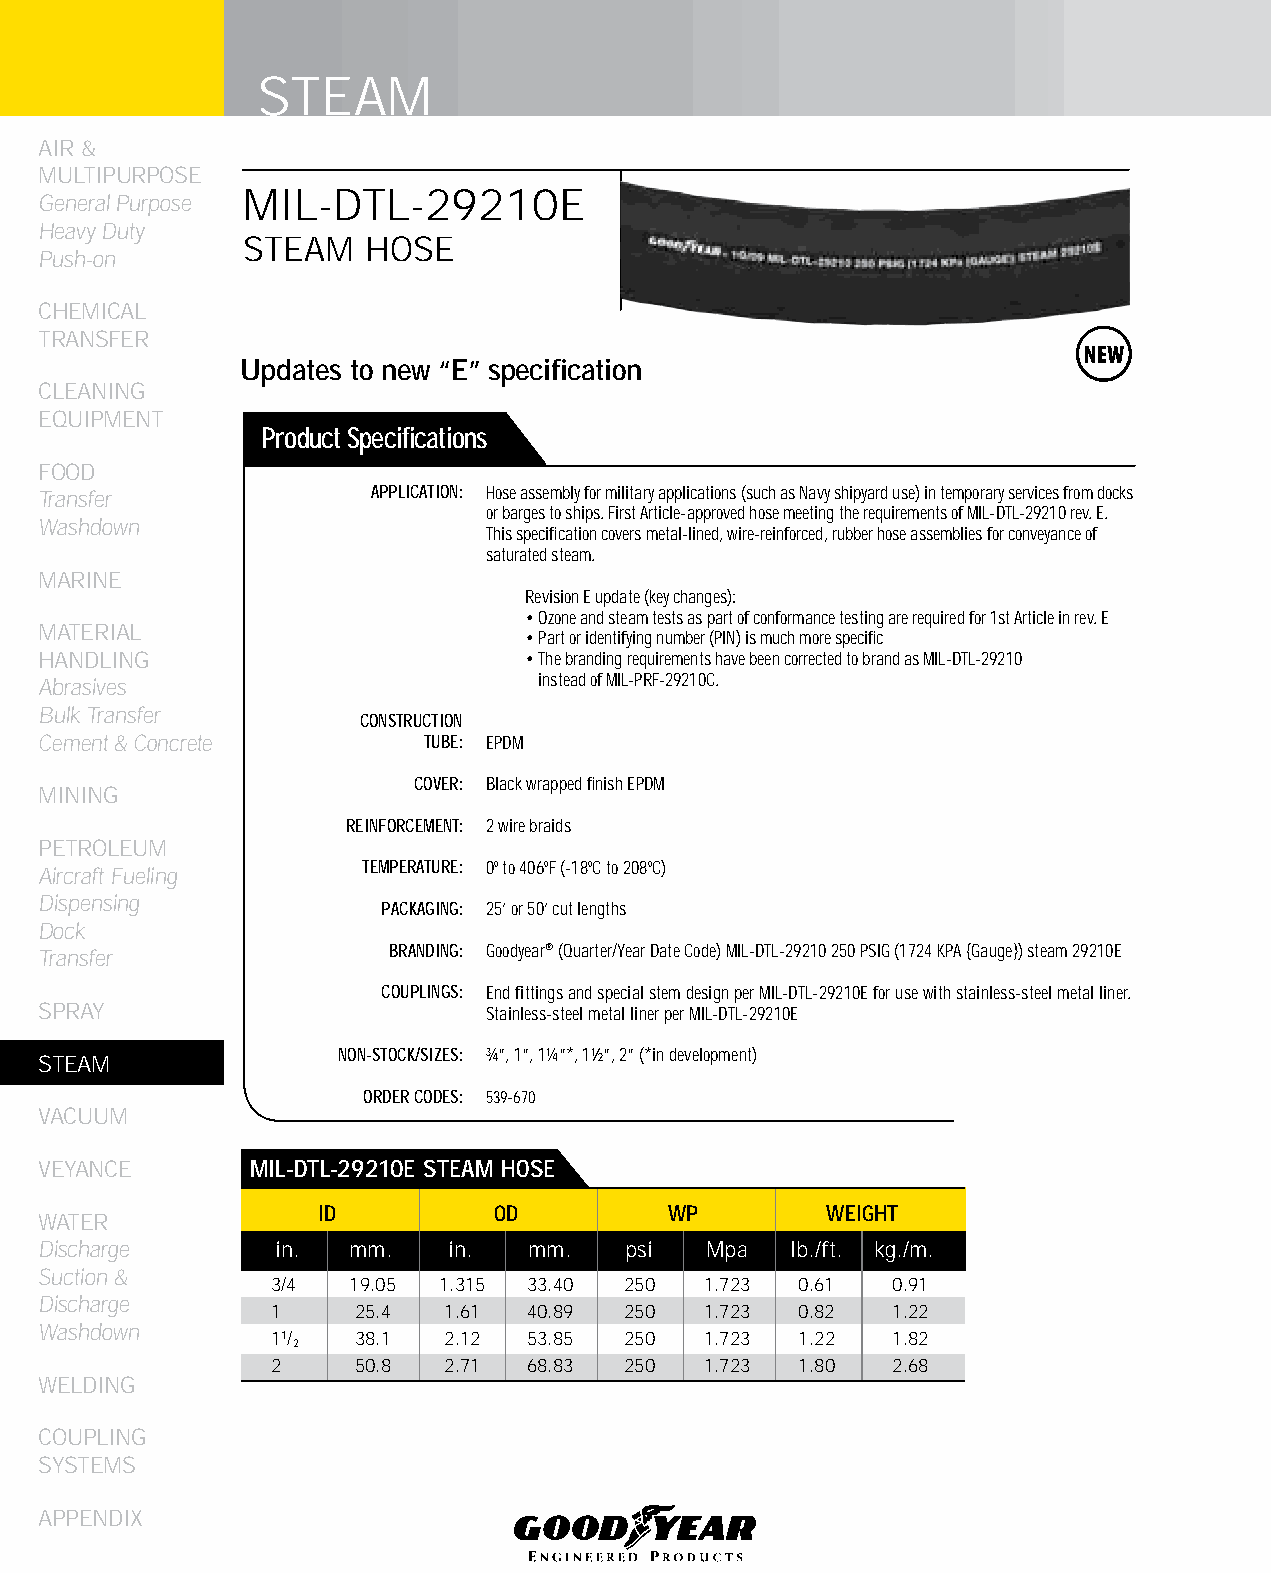
STEAM
 AIR &
 MULTIPURPOSE
 MIL-DTL-29210E
 General Purpose
 Heavy Duty
 STEAM   HOSE
 Push-on
 CHEMICAL
 TRANSFER
 Updates to new “E” specification
 CLEANING
 EqUIPMENT
 Product Specifications
 FOOD
 Transfer              APPLICATION: Hose assembly for military applications (such as Navy shipyard use) in temporary services from docks
 or barges to ships. First Article-approved hose meeting the requirements of MIL-DTL-29210 rev. E.
 Washdown
 This specification covers metal-lined, wire-reinforced, rubber hose assemblies for conveyance of
 saturated steam.
 MARINE
 Revision E update (key changes):
 • Ozone and steam tests as part of conformance testing are required for 1st Article in rev. E
 MATERIAL
 • Part or identifying number (PIN) is much more specific
 HANDLING                        • The branding requirements have been corrected to brand as MIL-DTL-29210
 Abrasives                        instead of MIL-PRF-29210C.
 Bulk Transfer
 CONSTRUCTION
 Cement & Concrete        TUBE: EPDM
 COVER: Black wrapped finish EPDM
 MINING
 REINFORCEMENT: 2 wire braids
 PETROLEUM
 TEMPERATURE: 0º to 406ºF (-18ºC to 208ºC)
 Aircraft Fueling
 Dispensing
 PACKAGING: 25’ or 50’ cut lengths
 Dock
 Transfer               BRANDING: Goodyear® (Quarter/Year Date Code) MIL-DTL-29210 250 PSIG (1724 KPA {Gauge}) steam 29210E
 COUPLINGS: End fittings and special stem design per MIL-DTL-29210E for use with stainless-steel metal liner.
 SPRAY                        Stainless-steel metal liner per MIL-DTL-29210E
 NON-STOCK/SIZES: ¾”, 1”, 1¼”*, 1½”, 2” (*in development)
 STEAM
 ORDER CODES: 539-670
 VACUUM
 VEYANCE       MIL-DTL-29210E STEAM HOSE
 ID          OD         WP         WEIGHT
 WATER
 Discharge      in.  mm.    in.  mm.   psi   Mpa  lb./ft. kg./m.
 Suction &
 3/4  19.05 1.315 33.40 250   1.723 0.61  0.91
 Discharge
 1     25.4 1.61  40.89 250   1.723 0.82  1.22
 Washdown
 11/   38.1 2.12  53.85 250   1.723 1.22  1.82
 2
 2     50.8 2.71  68.83 250   1.723 1.80  2.68
 WELDING
 COUPLING
 SYSTEMS
 APPENDIX
 206